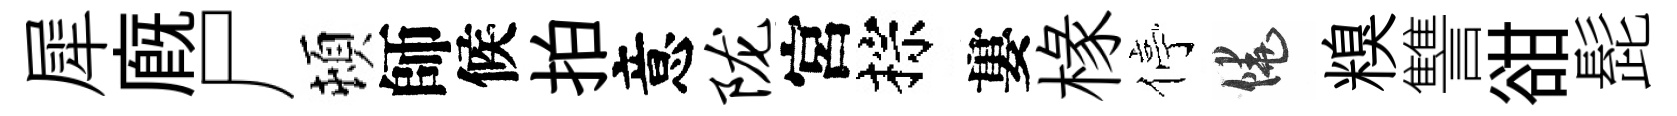
犀廐尸頓師候拍意陇宮棕婁椽停饒糗讐𧮳髭